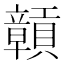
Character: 贑